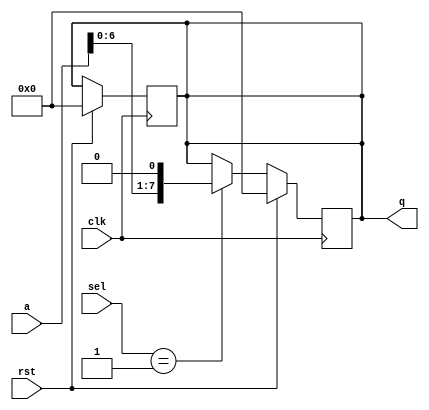
//UNIVERSAL BARREL SHIFTER CODE
//LOGICAL SHIFT LEFT/RIGHT, ROTATE LEFT/RIGHT BY 1,2,3 OR 4 PLACES
//ARITHMETIC SHIFT LEFT/RIGHT BY 0,1,2 OR 3 PLACES

module ubs(q,a,sel,clk,rst);
output reg[7:0] q;
input [7:0] a;
input [4:0] sel;
input clk;
input rst;

always@(posedge clk)
begin
	if(rst)
	begin
	q<=8'b0;
	end
end

always@(posedge clk)
begin
	if(!rst)
	begin
	case(sel)
	(00000||10000): begin q <= {a[6],a[5],a[4],a[3],a[2],a[1],a[0],1'b0}; $display("Here");end //Logical shift left or Arithmetic shift left by 1
	(00001||10001): begin q <= {a[5],a[4],a[3],a[2],a[1],a[0],2'b00}; end  //by 2 
	(00010||10010): begin q <= {a[4],a[3],a[2],a[1],a[0],3'b000}; end //by 3 
	(00011||10011): begin q <= {a[3],a[2],a[1],a[0],4'b0000}; end //by 4

	00100: begin q <= {1'b0,a[7],a[6],a[5],a[4],a[3],a[2],a[1]}; end //Logical Shift Right by 1
	00101: begin q <= {2'b00,a[7],a[6],a[5],a[4],a[3],a[2]}; end //by 2
	00110: begin q <= {3'b000,a[7],a[6],a[5],a[4],a[3]}; end //by 3
	00111: begin q <= {4'b0000,a[7],a[6],a[5],a[4]}; end //by 4

	01000: begin q <= {a[6],a[5],a[4],a[3],a[2],a[1],a[0],a[7]}; end //Logical Rotate left by 1
	01001: begin q <= {a[5],a[4],a[3],a[2],a[1],a[0],a[7],a[6]}; end //by 2
	01010: begin q <= {a[4],a[3],a[2],a[1],a[0],a[7],a[6],a[5]}; end //by 3
	01011: begin q <= {a[3],a[2],a[1],a[0],a[7],a[6],a[5],a[4]}; end //by 4

	01100: begin q <= {a[0],a[7],a[6],a[5],a[4],a[3],a[2],a[1]}; end //Logical Rotate Right by 1
	01101: begin q <= {a[1],a[0],a[7],a[6],a[5],a[4],a[3],a[2]}; end //by 2
	01110: begin q <= {a[2],a[1],a[0],a[7],a[6],a[5],a[4],a[3]}; end //by 3
	01111: begin q <= {a[3],a[2],a[1],a[0],a[7],a[6],a[5],a[4]}; end //by 4

	10100: begin q <= {a[7],a[7],a[6],a[5],a[4],a[3],a[2],a[1]}; end //Arithmetic Shift Right by 1
	10101: begin q <= {a[7],a[7],a[7],a[6],a[5],a[4],a[3],a[2]}; end //by 2
	10110: begin q <= {a[7],a[7],a[7],a[7],a[6],a[5],a[4],a[3]}; end //by 3
	10111: begin q <= {a[7],a[7],a[7],a[7],a[7],a[6],a[5],a[4]}; end //by 4
	endcase
	end

	else if(rst)
	begin 
		q = 8'b0;
	end
end
endmodule